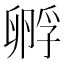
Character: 孵